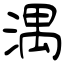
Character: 湡